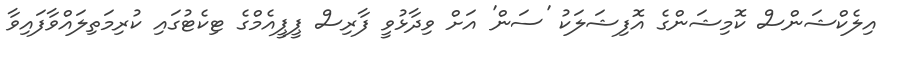
އިލެކްޝަންސް ކޮމިޝަންގެ އޮފިޝަލަކު 'ސަން' އަށް ވިދާޅުވީ ފާރިސް ޕީޕީއެމްގެ ޓިކެޓުގައި ކުރިމަތިލައްވާފައިވާ